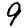
Digit: 9